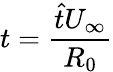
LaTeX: t=\frac{\hat{t}U_{\infty}}{R_{0}}